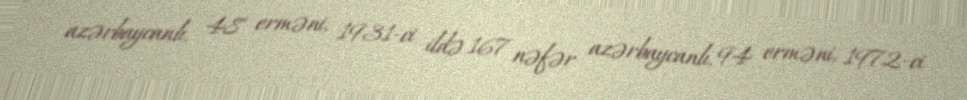
azərbaycanlı, 48 erməni, 1931-ci ildə 167 nəfər azərbaycanlı, 94 erməni, 1972-ci